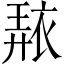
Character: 𧚠